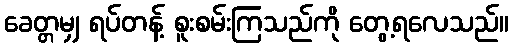
ခေတ္တမျှ ရပ်တန့် စူးစမ်းကြသည်ကို တွေ့ရလေသည်။